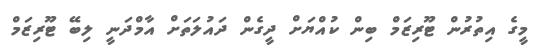
މީގެ އިތުރުން ޓޫރިޒަމް ބިން ކުއްޔަށް ދީގެން ދައުލަތަށް އާމްދަނީ ލިބޭ ޓޫރިޒަމް